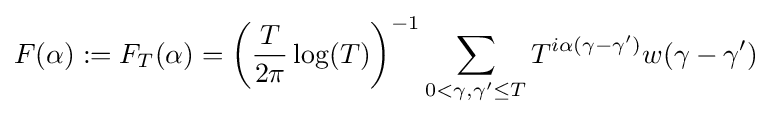
F(\alpha ):=F_{T}(\alpha )=\left({\frac {T}{2\pi }}\log(T)\right)^{-1}\sum \limits _{0<\gamma ,\gamma '\leq T}T^{i\alpha (\gamma -\gamma ')}w(\gamma -\gamma ')